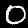
Digit: 0